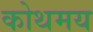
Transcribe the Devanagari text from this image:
कोथमय